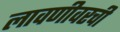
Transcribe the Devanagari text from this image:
लावणीवरची